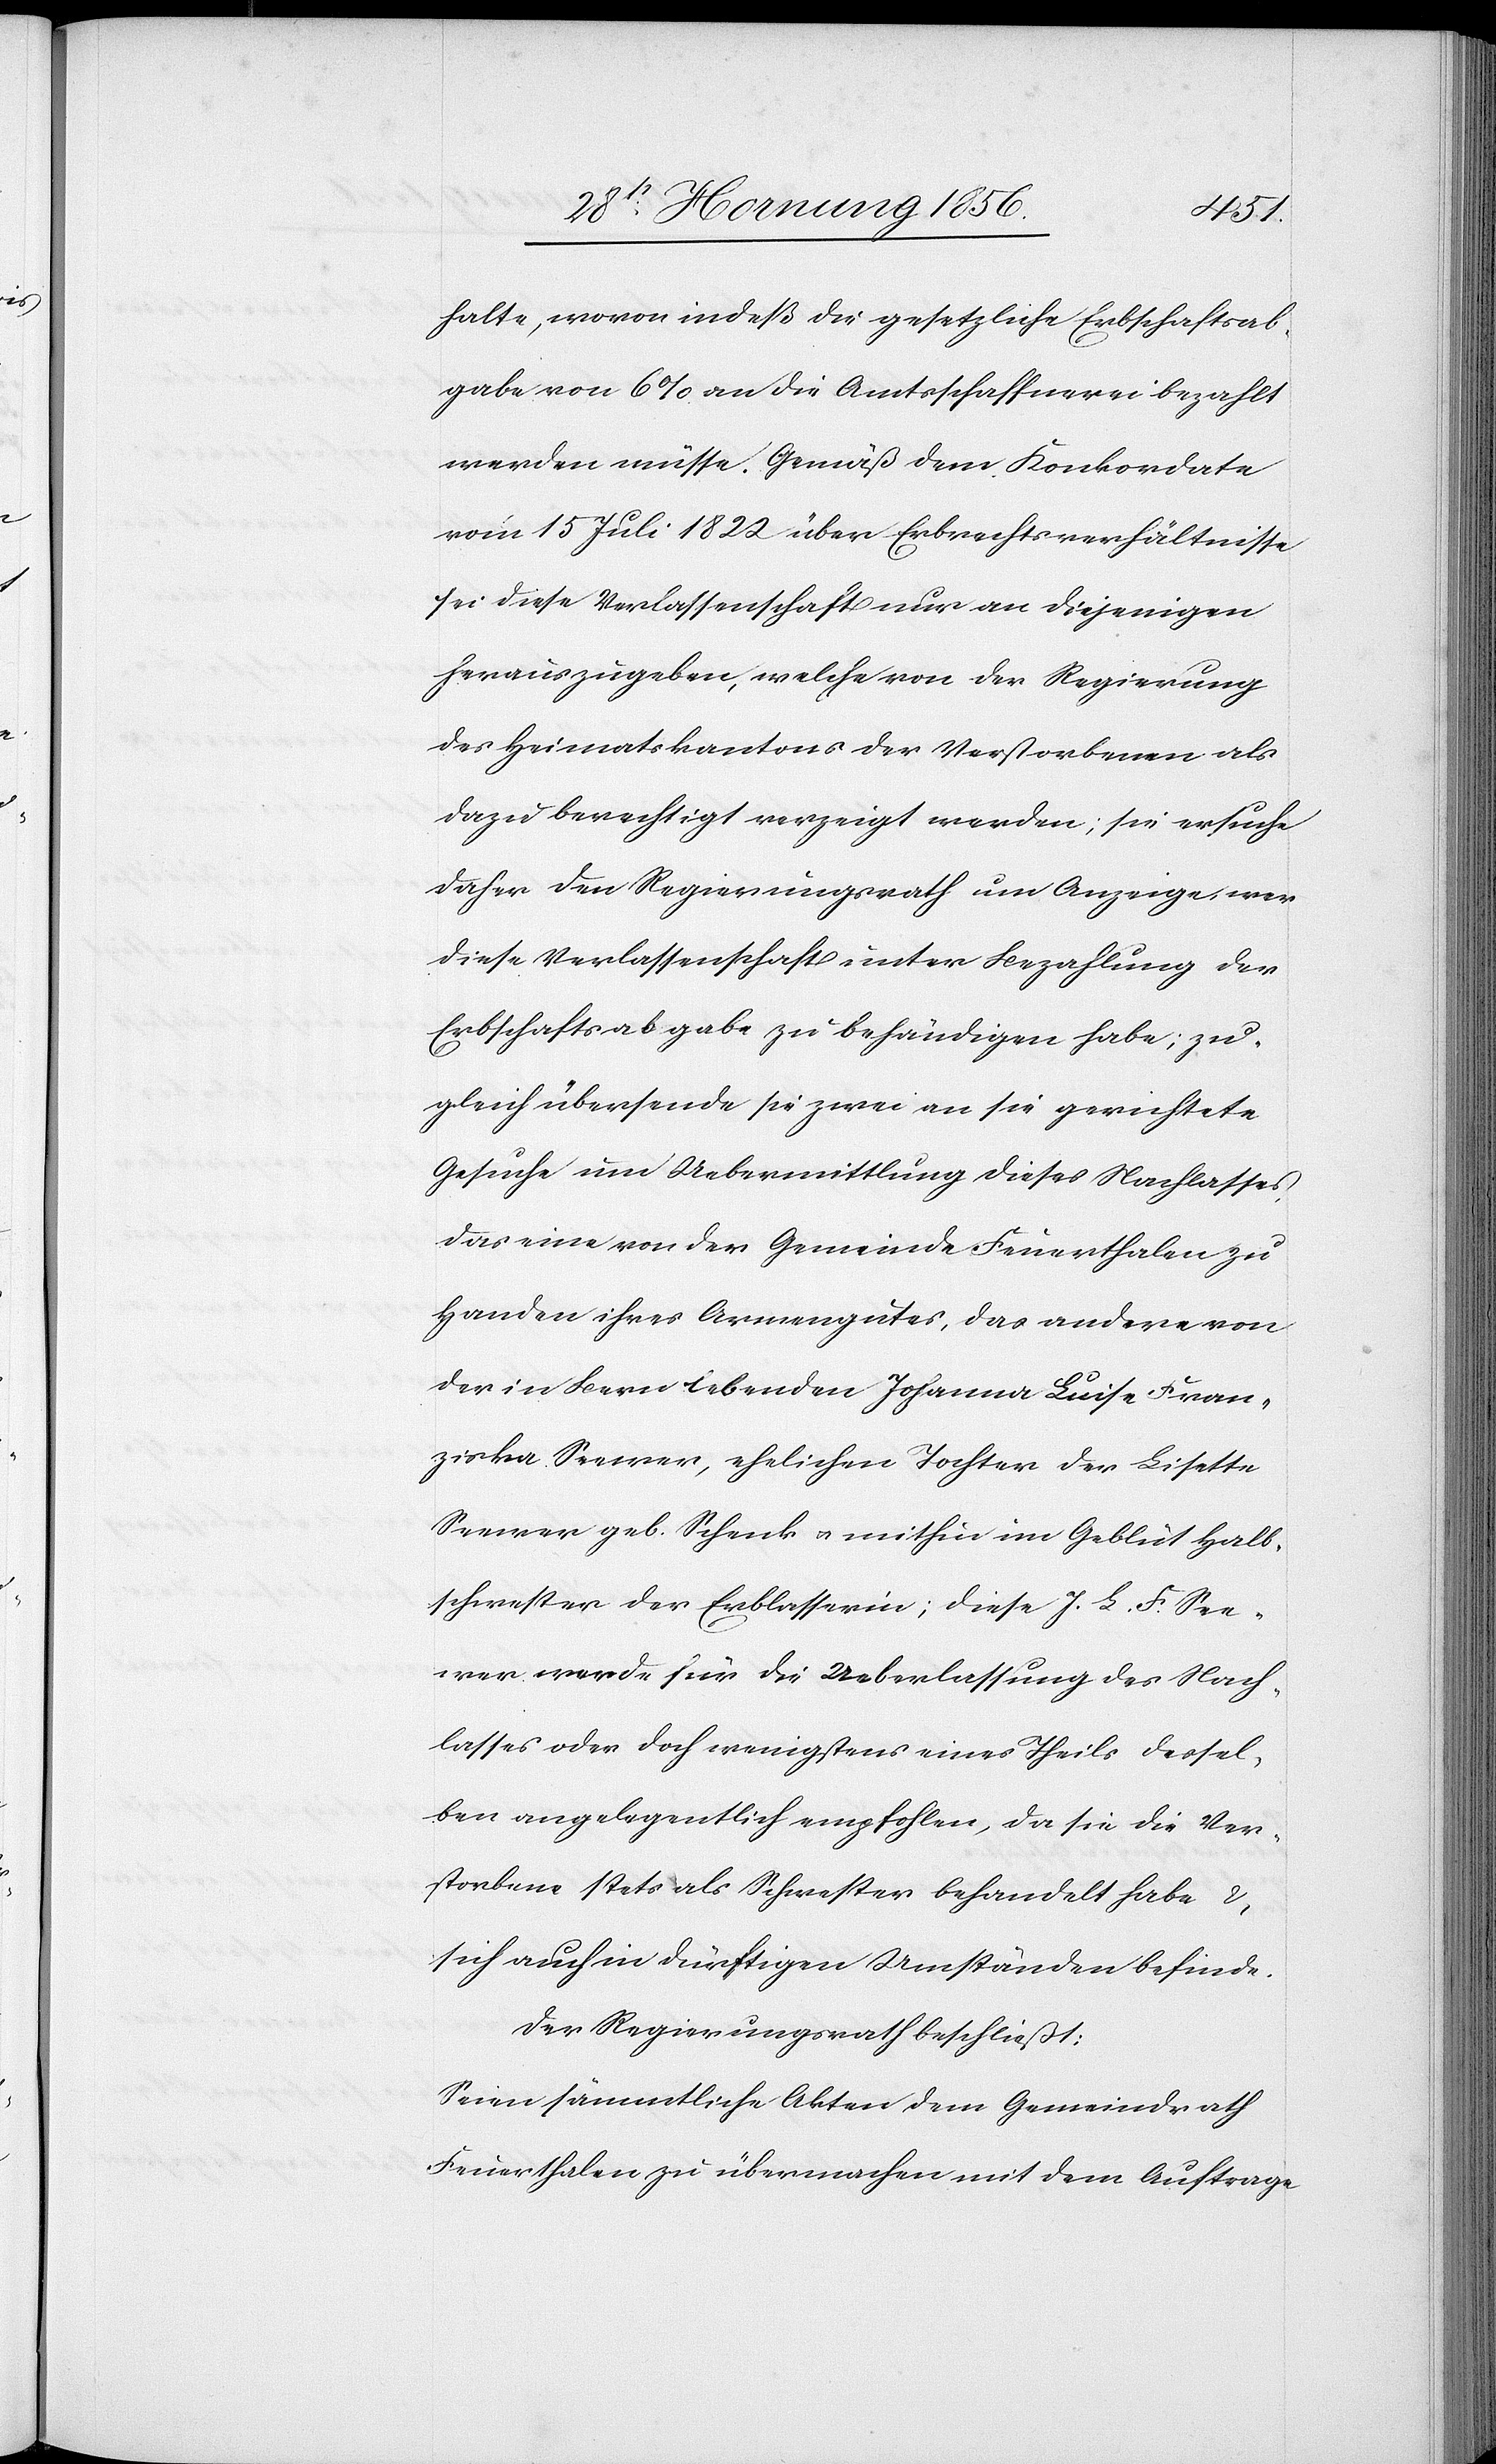
halte, wovon indeß die gesetzliche Erbschaftsab¬
gabe von 6% an die Amtsschaffnerei bezahlt
werden müsse. Gemäß dem Konkordate
vom 15 Juli 1822 über Erbrechtsverhältnisse
sei diese Verlassenschaft nur an diejenigen
herauszugeben, welche von der Regierung
des Heimatskantons der Verstorbenen als
dazu berechtigt verzeigt werden; sie ersuche
daher den Regierungsrath um Anzeige, wer
diese Verlassenschaft unter Bezahlung der
Erbschaftsabgabe zu behändigen habe; zu¬
gleich übersende sie zwei an sie gerichtete
Gesuche um Uebermittlung dieses Nachlasses,
das eine von der Gemeinde Feuerthalen zu
Handen ihres Armengutes, das andere von
der in Bern lebenden Johanna Luise Fran¬
ziska Seewer, ehelichen Tochter der Lisette
Seewer geb. Schenk u. mithin im Geblüt Halb¬
schwester der Erblasserin; diese J. L. F. See¬
wer werde für die Ueberlassung des Nach¬
lasses oder doch wenigstens eines Theils dessel¬
ben angelegentlich empfohlen, da sie die Ver¬
storbene stets als Schwester behandelt habe &
sich auch in dürftigen Umständen befinde.
Der Regierungsrath beschließt:
Seien sämmtliche Akten dem Gemeindrath
Feuerthalen zu übermachen mit dem Auftrage